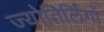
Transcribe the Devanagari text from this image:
ज्‍योतिर्लिंगों